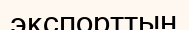
экспорттың